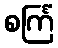
စင်္ကြံ